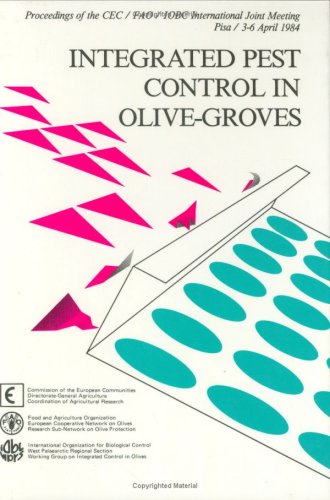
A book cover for Integrated Pest Control in Olive Groves; R. Cavalloro; Crafts, Hobbies & Home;